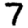
Digit: 7